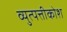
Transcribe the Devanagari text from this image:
व्युत्पत्तीकोश